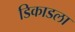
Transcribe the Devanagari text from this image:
डिकाडला